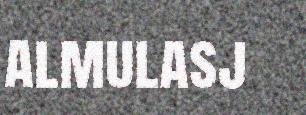
almulasj